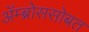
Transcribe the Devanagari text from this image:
ॲम्ब्रोससोबत